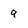
Character: 9